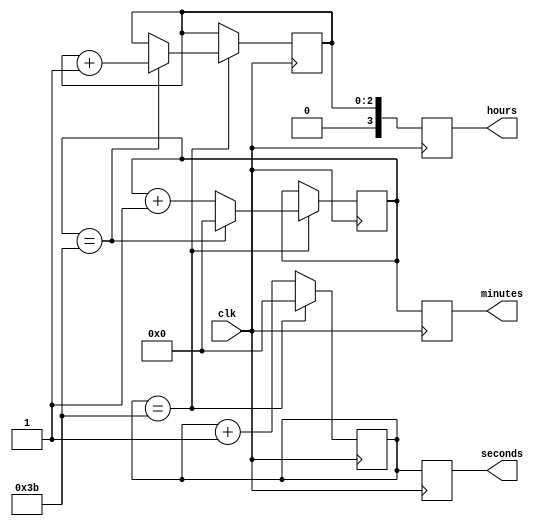
module binary_clock (
  input wire clk,
  output wire [3:0] hours,
  output wire [5:0] minutes,
  output wire [5:0] seconds
);

reg [3:0] hours_reg;
reg [5:0] minutes_reg;
reg [5:0] seconds_reg;

reg [2:0] hours_counter;
reg [5:0] minutes_counter;
reg [5:0] seconds_counter;

always @(posedge clk) begin
  // Counter for seconds
  if (seconds_counter == 59) begin
    seconds_counter <= 0;
    // Increment minutes counter
    if (minutes_counter == 59) begin
      minutes_counter <= 0;
      // Increment hours counter
      if (hours_counter == 11) begin
        hours_counter <= 0;
      end else begin
        hours_counter <= hours_counter + 1;
      end
    end else begin
      minutes_counter <= minutes_counter + 1;
    end
  end else begin
    seconds_counter <= seconds_counter + 1;
  end
  
  hours_reg <= hours_counter;
  minutes_reg <= minutes_counter;
  seconds_reg <= seconds_counter;
end

assign hours = hours_reg;
assign minutes = minutes_reg;
assign seconds = seconds_reg;

endmodule